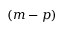
( m - p )